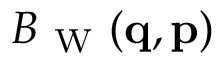
B _ { \mathrm { ~ W ~ } } ( \ensuremath { \mathbf { q } } , \ensuremath { \mathbf { p } } )